Indian journal of veterinary science and animal husbandry - Volumes 22-23, 1952-1953
Year: 1952
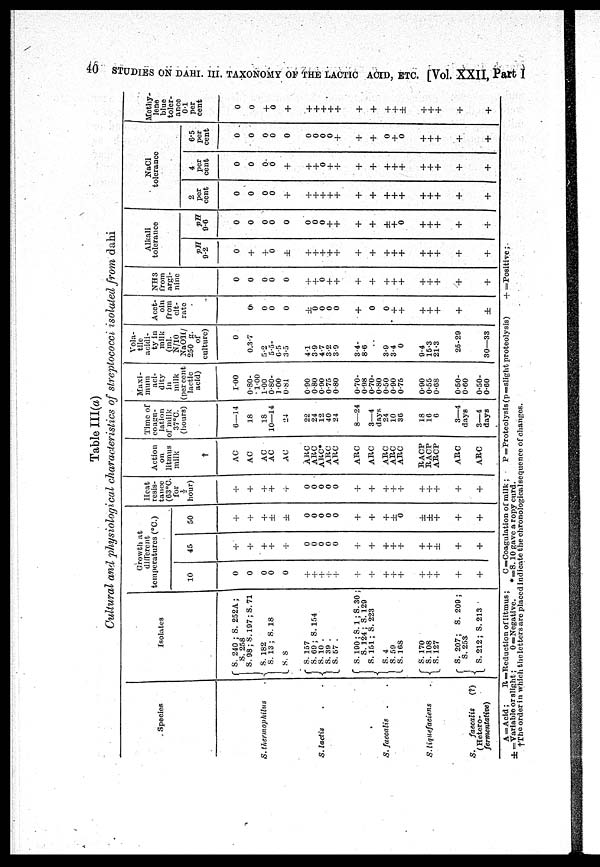
40 STUDIES ON DAHI. III. TAXONOMY OF THE LACTIC ACID, ETC. [Vol. XXII, Part I
Table III(a)
Cultural and physiological characteristics of streptococci isolated from dahi
Species
S. thermophilus
S. lactis
S. faecalis
S. liguefaciens
S.
faecalis
(?)
(Hetero.
fermentative)
Isolates
S. 240; S. 252A;
S. 258
S. 98; S. 197; S. 71
S. 182
S. 13; S. 18
S. S.
S. 157
S. 69; S. 154
S. 10
S. 39
S. 57 .
S. 190; S. 1; S. 30;
S. 124; S. 129
S. 151; S. 223
S. 4
S. 59
S. 168
S. 170
S. 108
S. 127
S. 207; S. 209;
S. 253
S. 212; S. 213
Growth at
different
temperatures (°C.)
10
0
0
0
0
0
+
+
+ +
+
+
+
+
+
+
+
+
+
+
+
45
+
+
+
+
+
0
0
0
0
0
+
+
+
+
+
+
+
±
+
+
50
+
+
+
±
±
0
0
0
0
0
+
+
+
± 0
±
±
+
+
+
Heat
resis-
tance
(63°C.
for
½
hour)
+
+
+
+
+
0
0
0
0
0
+
+
+
+ +
+
+
+
+
+
Action
on
litmus
milk
†
AC
AC
AC
AC
AC
ABC
ABC
ABC*
ABC
ARC
ARC
ABC
ABC
ABC
ABC
RACP
RACP
ARCP
ABC
ARC
Time of
coagu-
lation
of milk
37°C.
(hours)
6—14
18
18
10—14
24
22
24
12
40
24
8—24
3—4
days
24
10
36
18
16
6
3—4
days
3—4
days
Maxi-
mum
aci-
dity
in
milk
(per cent
lactic
acid)
1.00
0.80-
1.00
1.00
0.80-
1.00
0.81
0.90
0.80
0.90
0.75
0.80
0.70.
0.98
0.70-
0.80
0.50
0.90
0.75
0.90
0.55
0.68
0.50-
0.60
0.50.
0.60
Vola-
tile
acidi-
ty in
milk
(ml.
N/10
NaOH/
250 p.
of
culture)
0
0.3-7
5.2
5.5.
6.5
3.5
4.1
3.9
4.7
3.2
3.9
3.4-
8.6
3.9
3.4
0
9.4
15.3
21.3
25.29
30—33
Acet.
oin
from
cit-
rate
0
0
0
0
±
0
0
0
0
+
0
0
+
+
+
+
+
+
±
NH3
from
argi-
nine
0
0
0
0
0
+
+
0
+
+
+
+
+
+
+
+
+
+
+
+
Alkali
tolerance
pH
9.2
0
+
+
0
±
+
+
+
+
+
+
+
+
+ +
+
+
+
+
+
pH
9.6
0
0
0
0
0
0
0
0
+
+
+
+
±
+ 0
+
+
+
+
NaCl
tolerance
2
per
cent
0
0
0
0
+
+
+
+
+
+
+
+
+
+
+
+
+
+
+
+
4
per
cent
0
0
0
0
+
+
+
0
+
+
+
+
+
+
+
+
+
+
+
+
6.5
per
cent
0
0
0
0
0
0
0
0
0
+
+
+
0
+ 0
+
+
+
+
+
Methy
lene
blue
toler-
ance
0.1
per
cent
0
0
+
0
+
+
+
+
+
+
+
+
+
+
±
+
+
+
+
+
A=Acid; R=Reduction of litmus;
C=Coagulation of milk;
P=Proteolysis(p=slight proteolysis)
+=Positive;
±=Variable or slight;
0=Negative.
*=S. 10 gave a ropy curd.
†The order in which the letters are placed indicate the chronological sequence of changes.